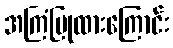
အကြံပြုထားကြောင်း